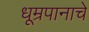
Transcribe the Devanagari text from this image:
धूम्रपानाचे